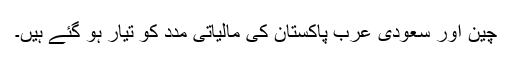
چین اور سعودی عرب پاکستان کی مالیاتی مدد کو تیار ہو گئے ہیں۔